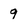
Character: 9